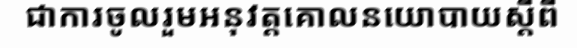
ជាការចូលរួមអនុវត្តគោលនយោបាយស្តីពី